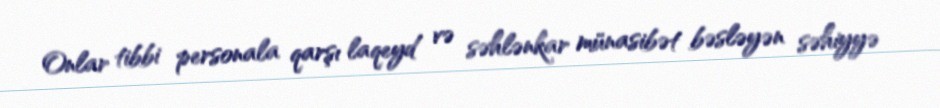
Onlar tibbi personala qarşı laqeyd və səhlənkar münasibət bəsləyən səhiyyə